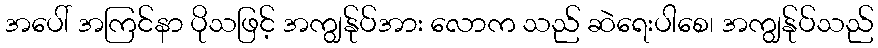
အပေါ် အကြင်နာ ပိုသဖြင့် အကျွန်ုပ်အား လောက သည် ဆဲရေးပါစေ၊ အကျွန်ုပ်သည်